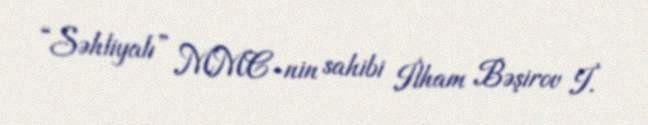
“Səhliyalı” MMC-nin sahibi İlham Bəşirov İ.